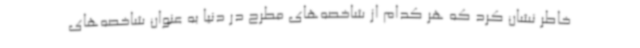
خاطر نشان کرد که هر کدام از شاخصه‌های مطرح در دنیا به عنوان شاخصه‌های